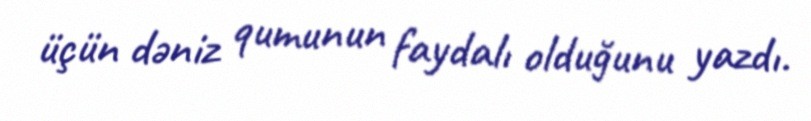
üçün dəniz qumunun faydalı olduğunu yazdı.